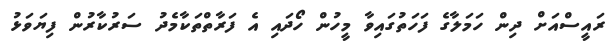
ރައީސްއަށް ދިން ހަމަލާގެ ފަހަތުގައިވާ މީހުން ހޯދައި އެ ފަރާތްތަކާމެދު ސަރުކާރުން ފިޔަވަޅު